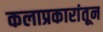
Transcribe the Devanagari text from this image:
कलाप्रकारांतून